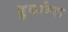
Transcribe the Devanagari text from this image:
दु्र्दान्त